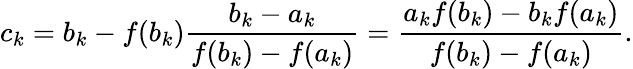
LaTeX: c_{k}=b_{k}-f(b_{k}){\frac{b_{k}-a_{k}}{f(b_{k})-f(a_{k})}}={\frac{a_{k}f(b_{k})-b_{k}f(a_{k})}{f(b_{k})-f(a_{k})}}.